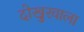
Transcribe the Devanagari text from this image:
दोखुरवाला